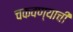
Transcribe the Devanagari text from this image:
चकवण्याची